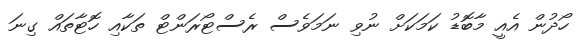
ހޯދުން އެއީ މާބޮޑު ކަމަކަށް ނުވި ނަމަވެސް ރެސްޓޯރަންޓް ތަކާއި ހޮޓާތައް ގިނަ